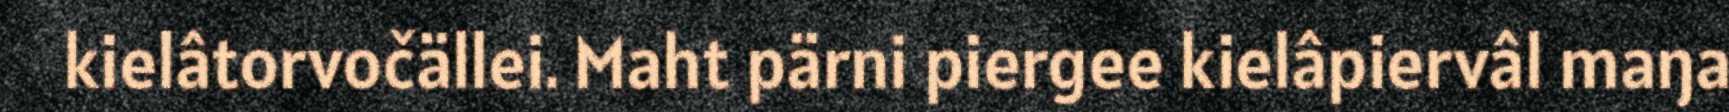
kielâtorvočällei. Maht pärni piergee kielâpiervâl maŋa